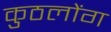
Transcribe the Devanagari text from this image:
कुठलोंग